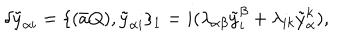
\delta \tilde { y } _ { \alpha i } = \{ ( \bar { a } Q ) , \tilde { y } _ { \alpha i } \} _ { 1 } = i ( \lambda _ { \alpha \beta } \tilde { y } _ { i } ^ { \beta } + \lambda _ { i k } \tilde { y } _ { \alpha } ^ { k } ) ,